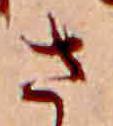
さ